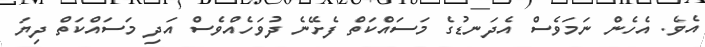
އެވެ. އެހެން ނަމަވެސް އެދަނޑުގެ މަސައްކަތް ފެށޭނެ ދުވަހެއްވެސް އަދި މަސައްކަތް ދިޔަ